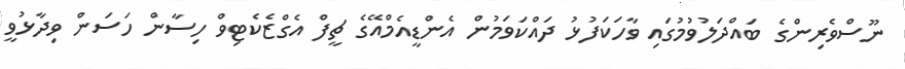
ނޫސްވެރިންގެ ބައްދަލުވުމުގައި ވާހަކަފުޅު ދައްކަވަމުން އެންޑީއެމްއޭގެ ޗީފް އެގްޒެކެޓިވް ހިސާން ހަސަން ވިދާޅުވީ